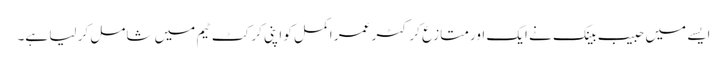
ایسے میں حبیب بینک نے ایک اور متازع کرکٹر عمر اکمل کو اپنی کرکٹ ٹیم میں شامل کر لیا ہے۔